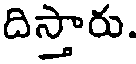
దిస్తారు.